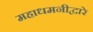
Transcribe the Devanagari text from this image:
महाधमनीद्वारे